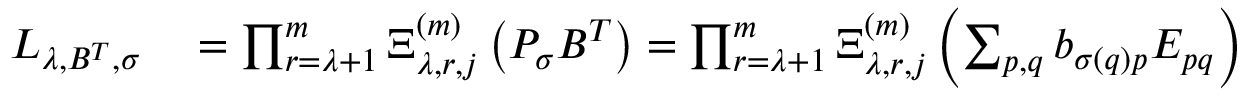
\begin{array} { r l } { L _ { \lambda , B ^ { T } , \sigma } } & { { } = \prod _ { r = \lambda + 1 } ^ { m } \Xi _ { \lambda , r , j } ^ { ( m ) } \left( P _ { \sigma } B ^ { T } \right) = \prod _ { r = \lambda + 1 } ^ { m } \Xi _ { \lambda , r , j } ^ { ( m ) } \left( \sum _ { p , q } b _ { \sigma ( q ) p } E _ { p q } \right) } \end{array}